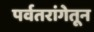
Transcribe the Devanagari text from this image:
पर्वतरांगेतून